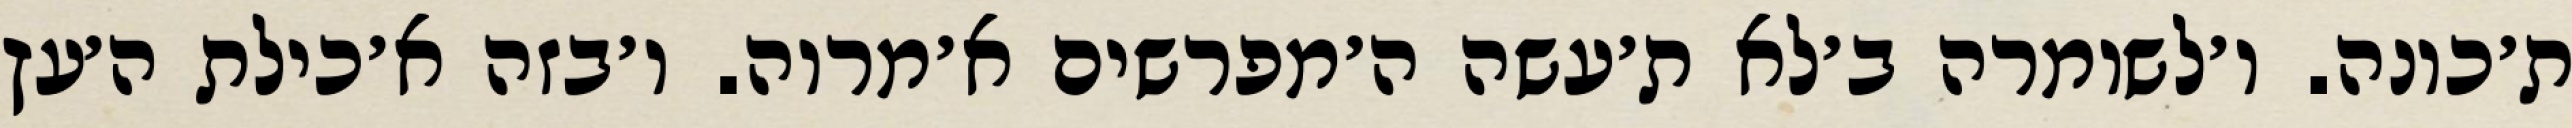
ת׳כונה. ו׳לשומרה ב׳לא ת׳עשה ה׳מפרשים א׳מרוה. ו׳בזה א׳כילת ה׳עץ